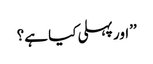
’’اور پہلی کیا ہے؟